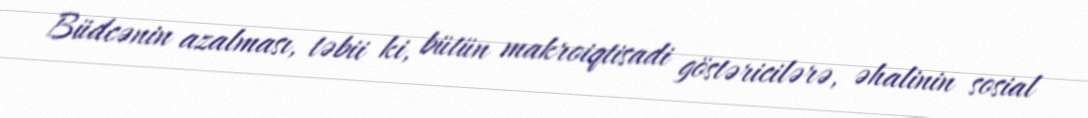
Büdcənin azalması, təbii ki, bütün makroiqtisadi göstəricilərə, əhalinin sosial